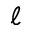
\ell